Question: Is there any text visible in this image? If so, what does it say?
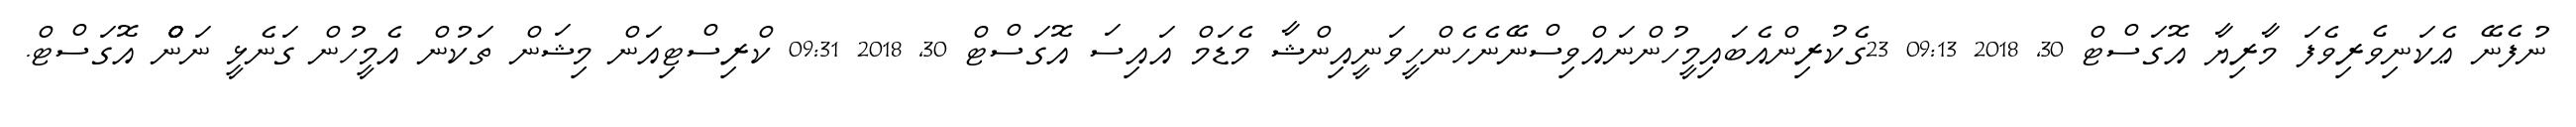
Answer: ނުފެނޭ ޢެކަނިވެރިވެފަ މާރިޔާ އޮގަސްޓް 30, 2018 09:13 23ގެކުރިންއެބައިމީހުންނައްވިސްނޭނެހެންހީވަނީއިންޝާ މެޑަމް އައިސަ އޮގަސްޓް 30, 2018 09:31 ކްރިސްޓިއަން މިޝަން ތަކުން އެމީހުން ގަނެޅީ ނަންްްްްް އޮގަސްޓް.